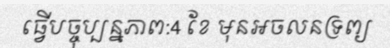
ធ្វើបច្ចុប្បន្នភាព:4 ខែ មុនអចលនទ្រព្យ